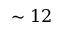
\sim 1 2